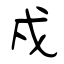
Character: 戍